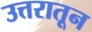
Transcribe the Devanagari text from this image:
उत्तरातून